Report on the working of the mental hospitals for Indians in Bihar and Orissa - 1925-1929
Year: 1925
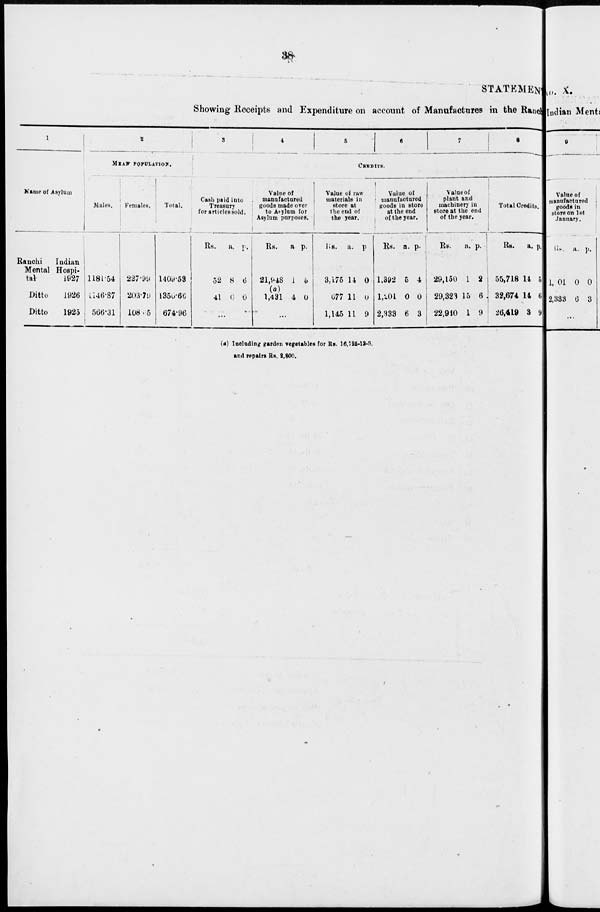
38
STATEMENT
Showing Receipts and Expenditure on account of Manufactures in the Ranchi
1
Name of Asylum
Ranchi
Indian
Mental Hospi-
tal
1927
Ditto
1926
Ditto
1925
2
MEAN POPULATION.
Males.
1181.54
1146.87
566.31
Females.
227.99
203.79
108.65
Total.
1409.53
1350.66
674.96
3
4
5
6
7
8
CREDITS.
Cash paid into
Treasury
for articles sold.
Rs.
52
41
a.
8
0
p.
6
0
...
Value of
manufactured
goods made over
to Asylum for
Asylum purposes.
Rs.
21,948
(a)
1,431
a
1
4
p.
5
0
...
Value of raw
materials in
store at
the end of
the year.
Rs.
3,175
677
1,145
a.
14
11
11
p.
0
0
9
Value of
manufactured
goods in store
at the end
of the year.
Rs.
1,392
1,201
2,333
a.
5
0
6
p.
4
0
3
Value of
plant and
machinery in
store at the end
of the year.
Rs.
29,150
29,323
22,910
a.
1
15
1
p.
2
6
9
Total Credits.
Rs.
55,718
32,674
26,419
a.
14
14
3
p.
5
6
9
(a) Including garden vegetables for Rs. 16,725-13-8.
and repairs Rs. 2,800.